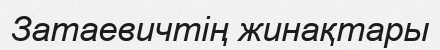
Затаевичтің жинақтары